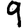
Digit: 9